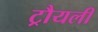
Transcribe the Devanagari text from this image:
ट्रौयली